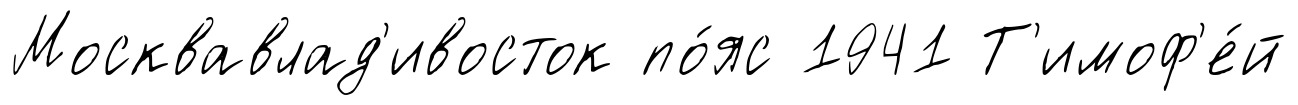
Москвавлад'ивосток по́яс 1941 Т'имоф'е́й